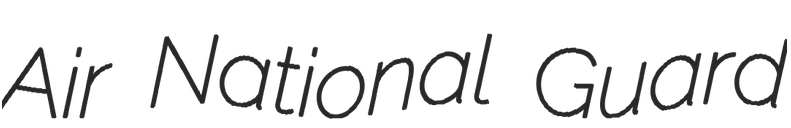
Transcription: Air National Guard